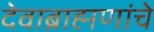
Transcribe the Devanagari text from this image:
देवाब्राह्मणांचे